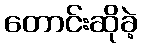
တောင်းဆိုခဲ့